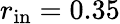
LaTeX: r_{\mathrm{in}}=0.35